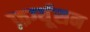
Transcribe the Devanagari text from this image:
फ़र्ग्यूसन